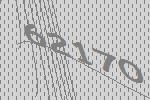
62170